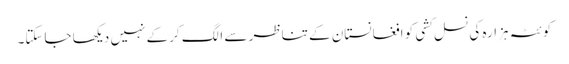
کوئٹہ ہزارہ کی نسل کشی کو افغانستان کے تناظر سے الگ کرکے نہیں دیکھا جاسکتا۔